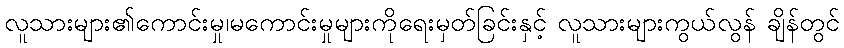
လူသားများ၏ကောင်းမှု၊မကောင်းမှုများကိုရေးမှတ်ခြင်းနှင့် လူသားများကွယ်လွန် ချိန်တွင်